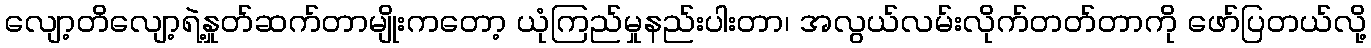
လျော့တိလျော့ရဲ့နှုတ်ဆက်တာမျိုးကတော့ ယုံကြည်မှုနည်းပါးတာ၊ အလွယ်လမ်းလိုက်တတ်တာကို ဖော်ပြတယ်လို့